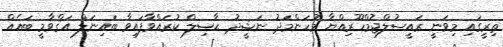
ތިރީގައި މިވަނީ ރައީސުލްޖުމްހޫރިއްޔާ މުހަންމަދު ނަޝީދު ޙާޞިލް ކުރައްވާފައިވާ ބައިނަލް އަޤްވާމީ ބައެއް